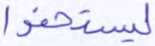
ليستخفوا